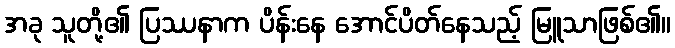
အခု သူတို့၏ ပြဿနာက ပိန်းနေ အောင်ပိတ်နေသည့် မြူသာဖြစ်၏။